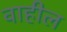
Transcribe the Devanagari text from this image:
वाहील